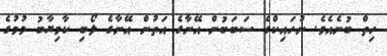
ހިތް ބުނެއެވެ. ނުހައިކްގެ ސަބަބުން އޭނާގެ އަތުން އޭނާގެ ލޯބި ކާމިޔާބު ވުމުގެ